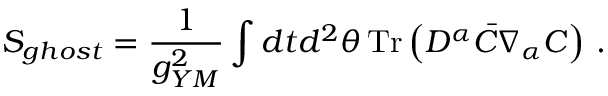
S _ { g h o s t } = { \frac { 1 } { g _ { Y M } ^ { 2 } } } \int d t d ^ { 2 } \theta \, \mathrm { T r } \left( D ^ { \alpha } \bar { C } \nabla _ { \alpha } C \right) \, .